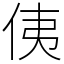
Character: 侇